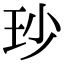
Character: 𤤉